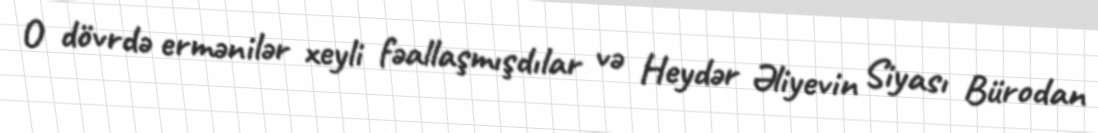
O dövrdə ermənilər xeyli fəallaşmışdılar və Heydər Əliyevin Siyası Bürodan